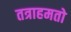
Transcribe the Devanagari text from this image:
तत्राहमतो